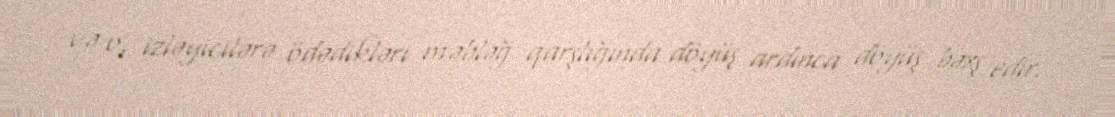
və o, izləyicilərə ödədikləri məbləğ qarşlığında döyüş ardınca döyüş bəxş edir.